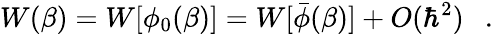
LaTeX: W(\beta)=W[\phi_{0}(\beta)]=W[\bar{\phi}(\beta)]+O(\hbar^{2})~~~.